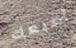
أصبعك